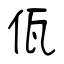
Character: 佤